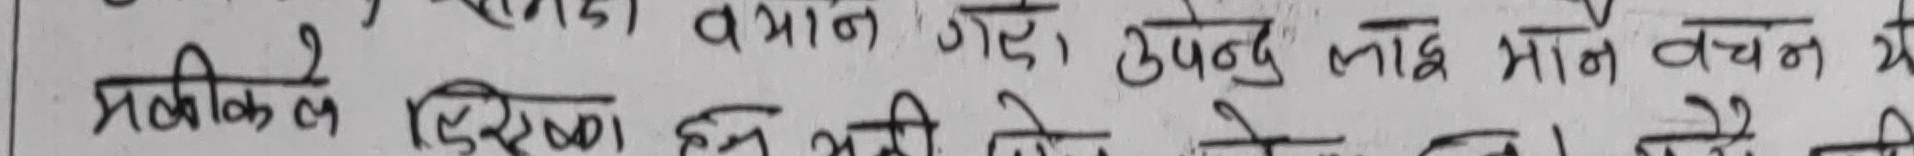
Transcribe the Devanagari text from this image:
प्रतिकूल रिरखा भन भनी देवेन हाले।